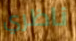
ناظري